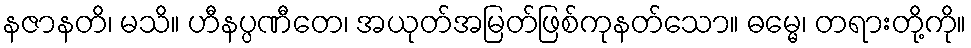
နဇာနတိ၊ မသိ။ ဟီနပ္ပဏီတေ၊ အယုတ်အမြတ်ဖြစ်ကုနတ်သော။ ဓမ္မေ၊ တရားတို့ကို။